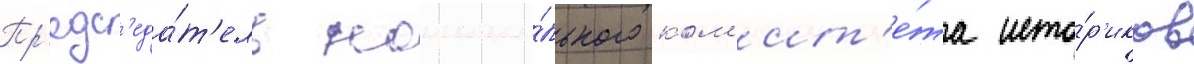
Пр'едс'еда́т'ель национа́льного ком'ит'е́та исто́р'иков